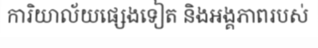
ការិយាល័យផ្សេងទៀត និងអង្គភាពរបស់